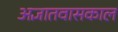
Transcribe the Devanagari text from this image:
अज्ञातवासकाल